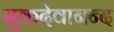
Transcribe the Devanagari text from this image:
सुकदेवानन्द